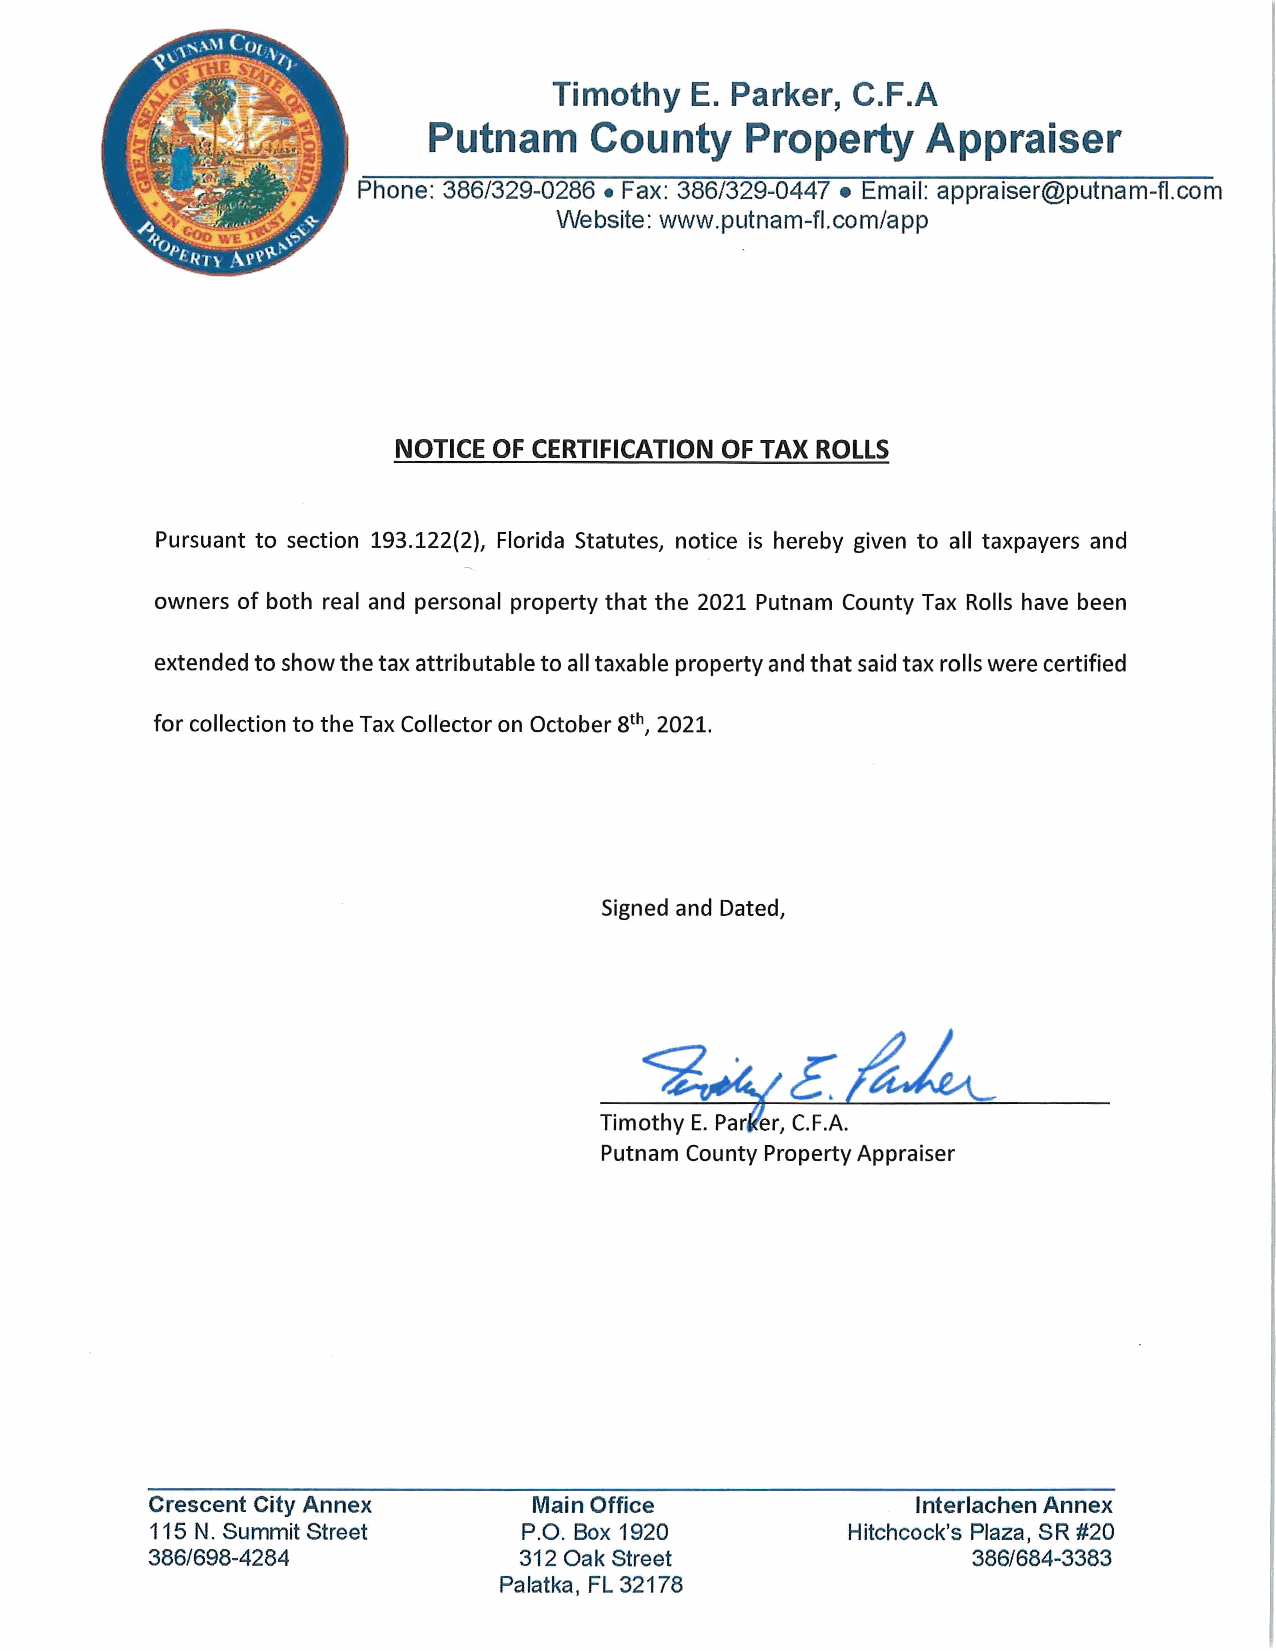
Timothy  E. Parker, C.F.A
 Putnam     County    Property    Appraiser
 Phone: 386/329-0286 • Fax: 386/329-0447 • Email: appraiser@putnam-fl.com
 Website: www.putnam-fl.com/app
 NOTICE OF CERTIFICATION OF TAX ROLLS
 Pursuant to section 193.122(2), Florida Statutes, notice is hereby given to all taxpayers and
 owners of both real and personal property that the 2021 Putnam County Tax Rolls have been
 extended to show the tax attributable to all taxable property and that said tax rolls were certified
 for collection to the Tax Collector on October 8th , 2021.
 Signed and Dated,
 Putnam County Property Appraiser
 Crescent City Annex      Main Office               Interlachen Annex
 115 N. Summit Street     P.O. Box 1920        Hitchcock's Plaza, SR #20
 386/698-4284            312 Oak Street                386/684-3383
 Palatka, FL 32178